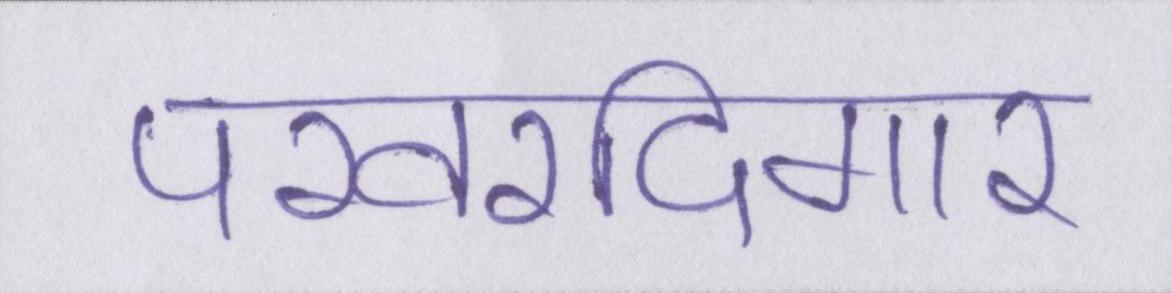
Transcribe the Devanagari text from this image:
परवरदिगार